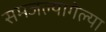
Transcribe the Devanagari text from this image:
समजल्यागेल्या